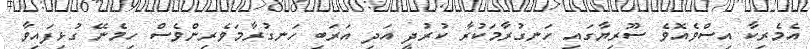
އެމެރިކާ އިސްވެއޮވެ ސޫރިޔާގައި ހަނގުރާމަކުރާ ކުރުދީ އަދި އަރަބި ހަނގުރާމަވެރިންވެސް ހިމެނޭ ގުޅިފައިވާ